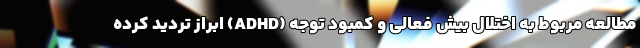
مطالعه مربوط به اختلال بیش فعالی و کمبود توجه (ADHD) ابراز تردید کرده